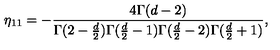
\eta _ { 1 1 } = - { \frac { 4 \Gamma ( d - 2 ) } { \Gamma ( 2 - { \frac { d } { 2 } } ) \Gamma ( { \frac { d } { 2 } } - 1 ) \Gamma ( { \frac { d } { 2 } } - 2 ) \Gamma ( { \frac { d } { 2 } } + 1 ) } } ,